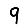
Digit: 9